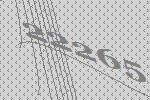
22265